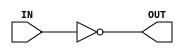
module MY_NOT (IN,OUT);
  input IN;
  output reg OUT;
  always @ ( * ) begin
    OUT=~IN;
  end
endmodule // MY_NOT